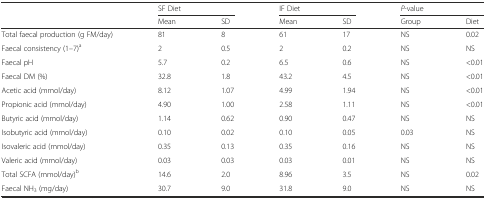
| <ROWSPAN=2>  | <COLSPAN=2> SF Diet | <COLSPAN=2> IF Diet | <COLSPAN=2> P-value |
 | Mean | SD | Mean | SD | Group | Diet |
 | --- | --- | --- | --- | --- | --- | --- |
 | Total faecal production (g FM/day) | 81 | 8 | 61 | 17 | NS | 0.02 |
 | Faecal consistency (1–7)a | 2 | 0.5 | 2 | 0.2 | NS | NS |
 | Faecal pH | 5.7 | 0.2 | 6.5 | 0.6 | NS | <0.01 |
 | Faecal DM (%) | 32.8 | 1.8 | 43.2 | 4.5 | NS | <0.01 |
 | Acetic acid (mmol/day) | 8.12 | 1.07 | 4.99 | 1.94 | NS | <0.01 |
 | Propionic acid (mmol/day) | 4.90 | 1.00 | 2.58 | 1.11 | NS | <0.01 |
 | Butyric acid (mmol/day) | 1.14 | 0.62 | 0.90 | 0.47 | NS | NS |
 | Isobutyric acid (mmol/day) | 0.10 | 0.02 | 0.10 | 0.05 | 0.03 | NS |
 | Isovaleric acid (mmol/day) | 0.35 | 0.13 | 0.35 | 0.16 | NS | NS |
 | Valeric acid (mmol/day) | 0.03 | 0.03 | 0.03 | 0.01 | NS | NS |
 | Total SCFA (mmol/day)b | 14.6 | 2.0 | 8.96 | 3.5 | NS | 0.02 |
 | Faecal NH3 (mg/day) | 30.7 | 9.0 | 31.8 | 9.0 | NS | NS |